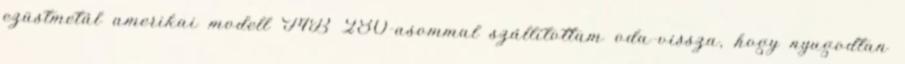
ezüstmetál amerikai modell MB 280-asommal szállítot­tam oda-vissza, hogy nyugodtan